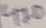
Text: 470